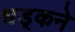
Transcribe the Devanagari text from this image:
धड़्कने